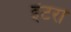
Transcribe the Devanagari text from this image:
इंटरा